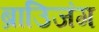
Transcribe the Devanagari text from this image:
ब्राउिजंग